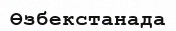
Өзбекстанада